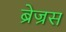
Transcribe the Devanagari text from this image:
ब्रेज्रस